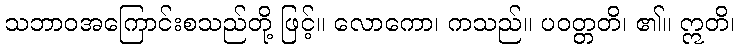
သဘာဝအကြောင်းစသည်တို့ ဖြင့်။ လောကော၊ ကသည်။ ပဝတ္တတိ၊ ၏။ ဣတိ၊